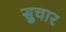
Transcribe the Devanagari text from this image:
सुचार